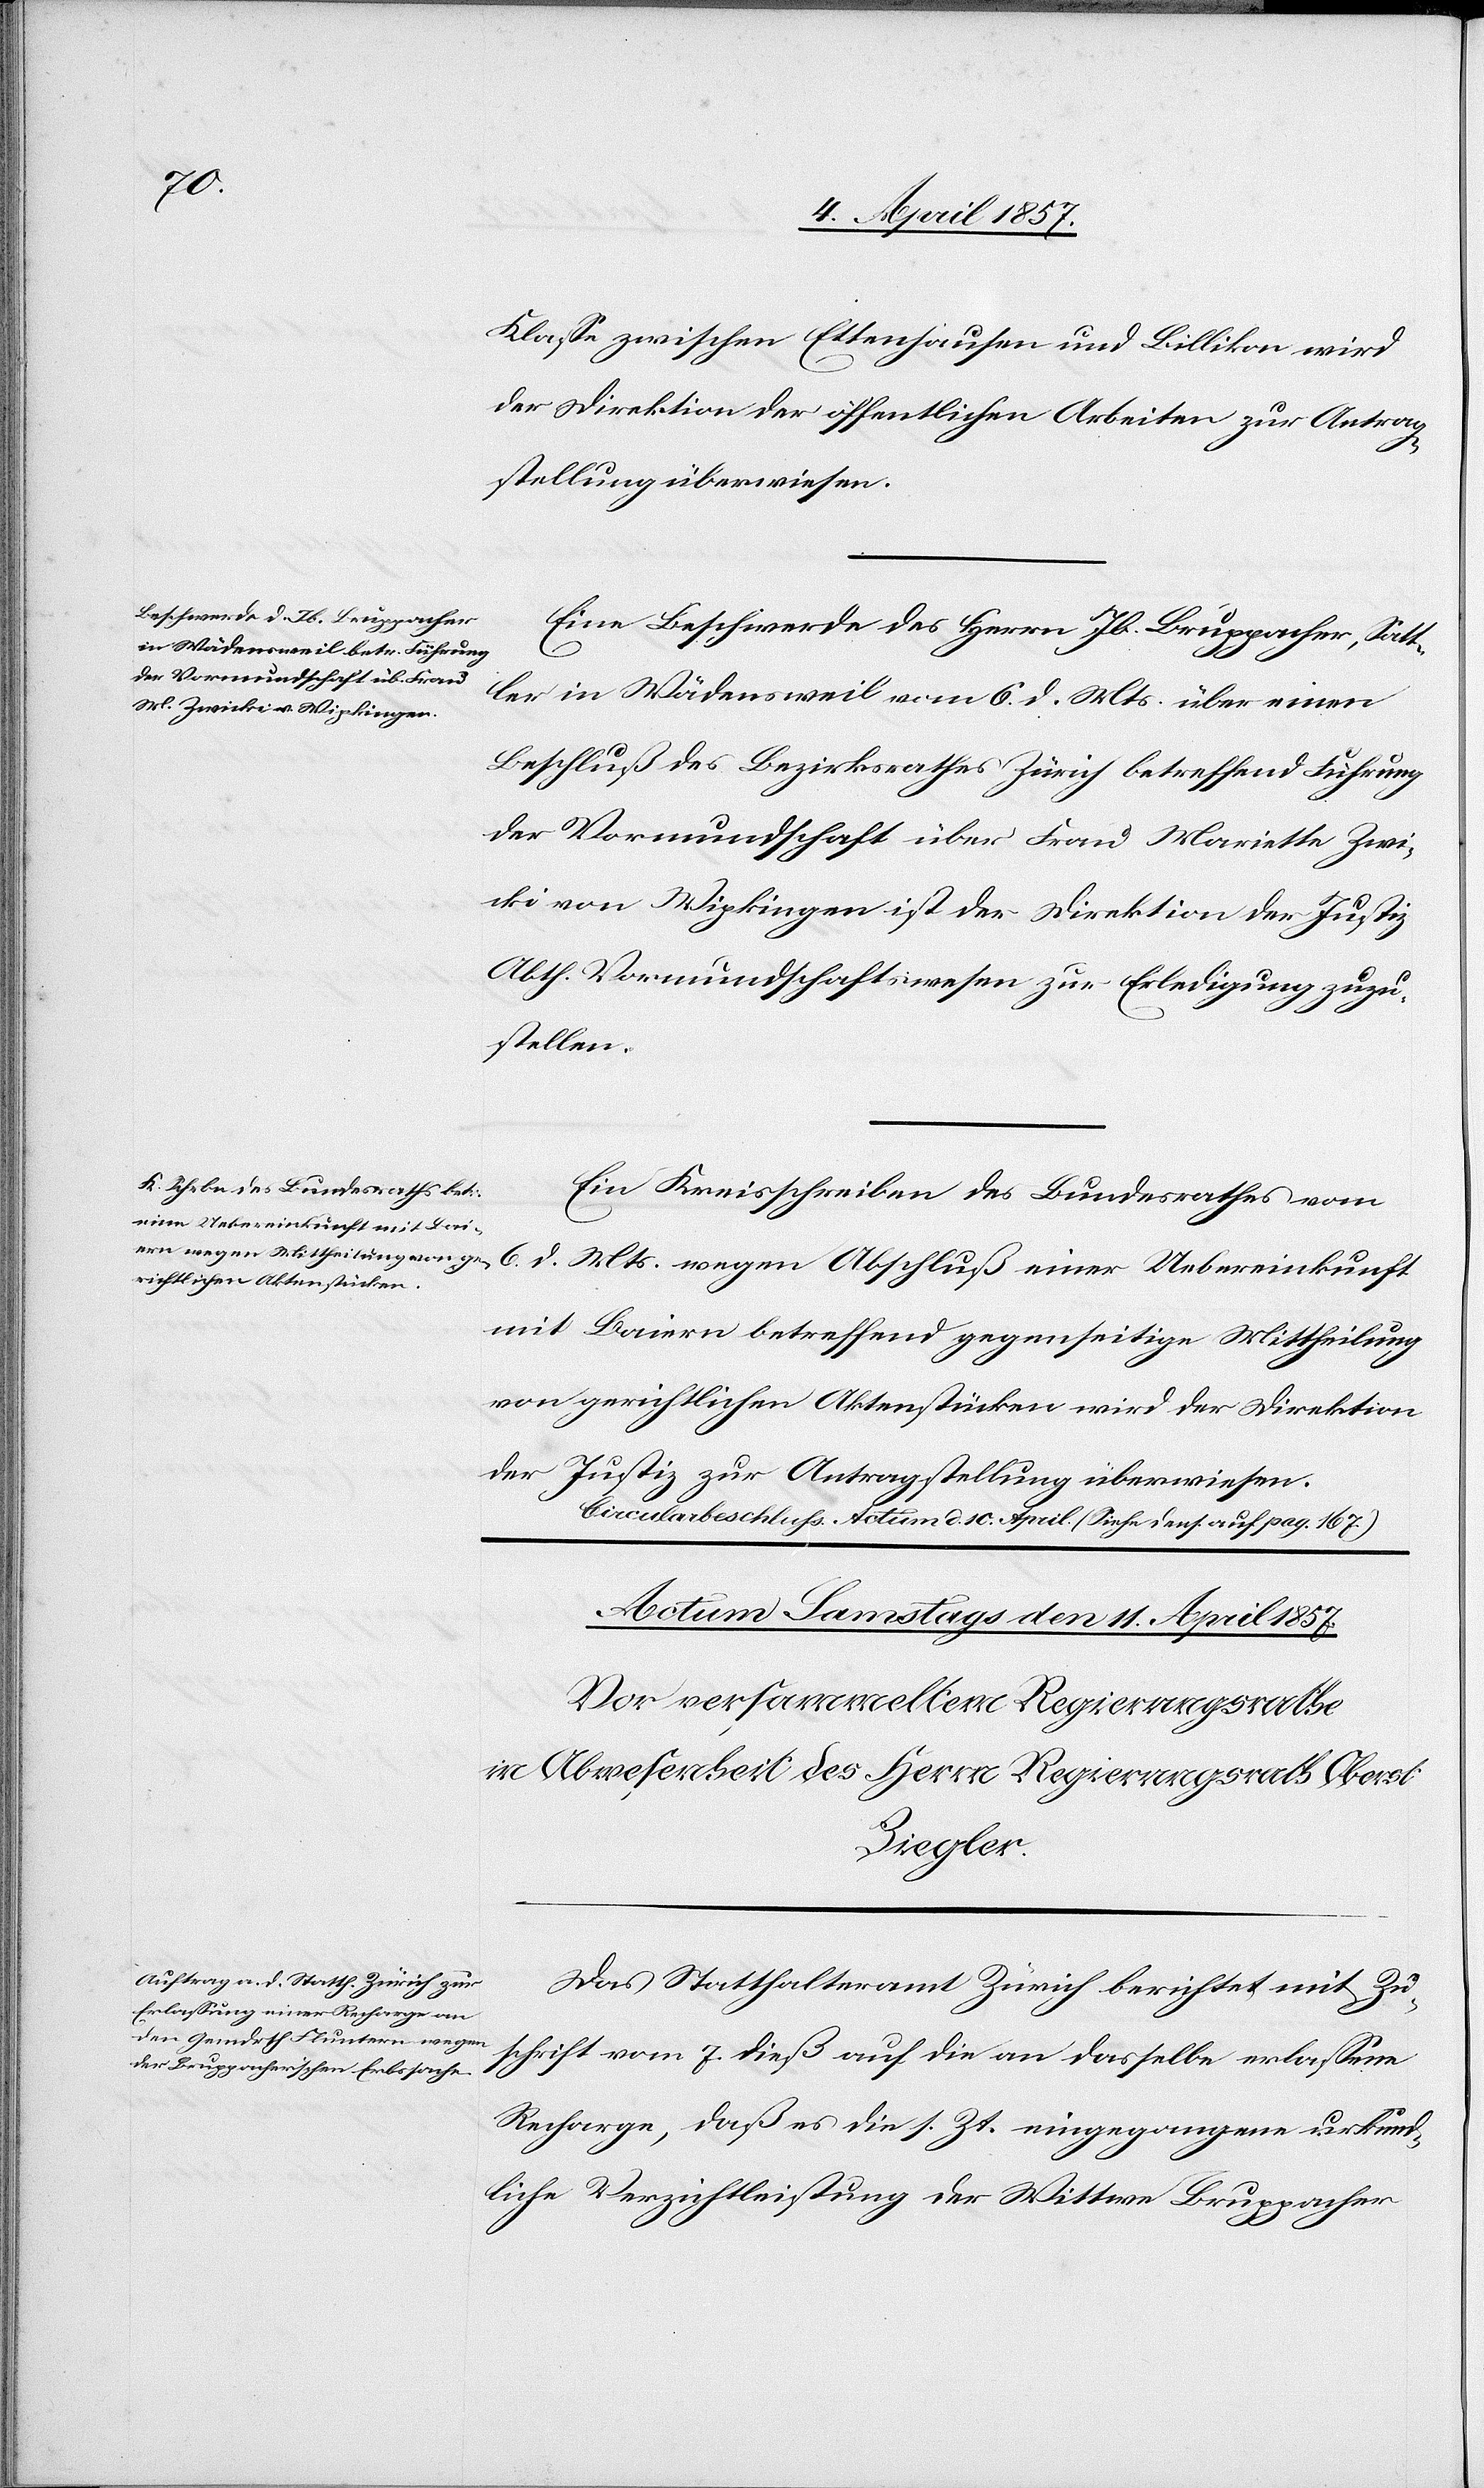
10. April 1857.]
Klasse zwischen Ettenhausen und Billikon wird
der Direktion der öffentlichen Arbeiten zur Antrag¬
stellung überwiesen.
Eine Beschwerde des Herrn Jb. Bruppacher, Satt¬
ler in Wädensweil vom 6. d. Mts. über einen
Beschluß des Bezirksrathes Zürich betreffend Führung
der Vormundschaft über Frau Mariette Zwi¬
cki von Wipkingen ist der Direktion der Justiz
Abth. Vormundschaftswesen zur Erledigung zuzu¬
stellen.
Ein Kreisschreiben des Bundesrathes vom
mit Baiern betreffend gegenseitige Mittheilung
von gerichtlichen Aktenstücken wird der Direktion
der Justiz zur Antragstellung überwiesen.
a-Circularbeschluss Actum d. 10. April. (Siehe dens. auf pag. 167)
Das Statthalteramt Zürich berichtet mit Zu¬
Erbauung eines Rheinsteges.
schrift vom 7. dieß auf die an dasselbe erlassene
Recharge, daß es die s. Zt. eingegangene urkund¬
liche Verzichtleistung der Wittwe Bruppacher